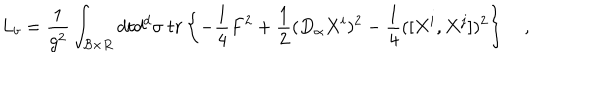
LaTeX: L _ { b } = { \frac { 1 } { g ^ { 2 } } } \int _ { { \cal B } \times R } d t d ^ { d } \sigma \ t r \left\{ - { \frac { 1 } { 4 } } F ^ { 2 } + { \frac { 1 } { 2 } } ( D _ { \alpha } X ^ { i } ) ^ { 2 } - { \frac { 1 } { 4 } } ( [ X ^ { i } , X ^ { j } ] ) ^ { 2 } \right\} \quad ,